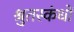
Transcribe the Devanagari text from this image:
श्रुतस्कंधों